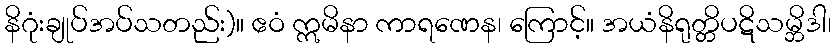
နိဂုံးချုပ်အပ်သတည်း)။ ဧဝံ ဣမိနာ ကာရဏေန၊ ကြောင့်။ အယံနိရုတ္တိပဋိသမ္ဘိဒါ၊